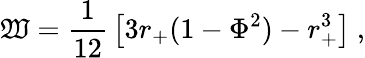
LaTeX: \mathfrak{W}={\frac{{1}}{{12}}}\left[3r_{+}(1-\Phi^{2})-r_{+}^{3}\right]\ ,